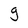
Character: g